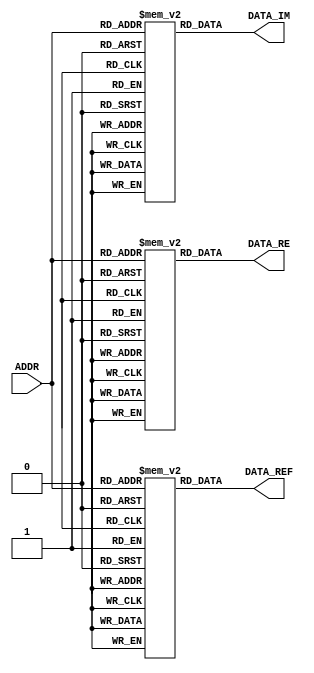
module Wave_ROM128 ( ADDR ,DATA_RE,DATA_IM,DATA_REF ); 
    	output [15:0] DATA_RE,DATA_IM,DATA_REF ;     
    	input [6:0]    ADDR ;     
    	reg [15:0] cosi[0:127];    
    	initial	  begin    
 cosi[0]=16'h7FFF; cosi[1]=16'h7FD7; cosi[2]=16'h7F61; cosi[3]=16'h7E9C; cosi[4]=16'h7D89; cosi[5]=16'h7C29; cosi[6]=16'h7A7C; cosi[7]=16'h7883; cosi[8]=16'h7640; cosi[9]=16'h73B5; cosi[10]=16'h70E1; cosi[11]=16'h6DC9; cosi[12]=16'h6A6C; cosi[13]=16'h66CE; cosi[14]=16'h62F1; cosi[15]=16'h5ED6;
 cosi[16]=16'h5A81; cosi[17]=16'h55F4; cosi[18]=16'h5133; cosi[19]=16'h4C3F; cosi[20]=16'h471C; cosi[21]=16'h41CD; cosi[22]=16'h3C56; cosi[23]=16'h36B9; cosi[24]=16'h30FB; cosi[25]=16'h2B1E; cosi[26]=16'h2527; cosi[27]=16'h1F19; cosi[28]=16'h18F8; cosi[29]=16'h12C7; cosi[30]=16'h0C8B; cosi[31]=16'h0647;
 cosi[32]=16'h0000; cosi[33]=16'hF9B9; cosi[34]=16'hF375; cosi[35]=16'hED39; cosi[36]=16'hE708; cosi[37]=16'hE0E7; cosi[38]=16'hDAD9; cosi[39]=16'hD4E2; cosi[40]=16'hCF05; cosi[41]=16'hC947; cosi[42]=16'hC3AA; cosi[43]=16'hBE33; cosi[44]=16'hB8E4; cosi[45]=16'hB3C1; cosi[46]=16'hAECD; cosi[47]=16'hAA0C;
 cosi[48]=16'hA57F; cosi[49]=16'hA12A; cosi[50]=16'h9D0F; cosi[51]=16'h9932; cosi[52]=16'h9594; cosi[53]=16'h9237; cosi[54]=16'h8F1F; cosi[55]=16'h8C4B; cosi[56]=16'h89C0; cosi[57]=16'h877D; cosi[58]=16'h8584; cosi[59]=16'h83D7; cosi[60]=16'h8277; cosi[61]=16'h8164; cosi[62]=16'h809F; cosi[63]=16'h8029;
 cosi[64]=16'h8001; cosi[65]=16'h8029; cosi[66]=16'h809F; cosi[67]=16'h8164; cosi[68]=16'h8277; cosi[69]=16'h83D7; cosi[70]=16'h8584; cosi[71]=16'h877D; cosi[72]=16'h89C0; cosi[73]=16'h8C4B; cosi[74]=16'h8F1F; cosi[75]=16'h9237; cosi[76]=16'h9594; cosi[77]=16'h9932; cosi[78]=16'h9D0F; cosi[79]=16'hA12A;
 cosi[80]=16'hA57F; cosi[81]=16'hAA0C; cosi[82]=16'hAECD; cosi[83]=16'hB3C1; cosi[84]=16'hB8E4; cosi[85]=16'hBE33; cosi[86]=16'hC3AA; cosi[87]=16'hC947; cosi[88]=16'hCF05; cosi[89]=16'hD4E2; cosi[90]=16'hDAD9; cosi[91]=16'hE0E7; cosi[92]=16'hE708; cosi[93]=16'hED39; cosi[94]=16'hF375; cosi[95]=16'hF9B9;
 cosi[96]=16'h0000; cosi[97]=16'h0647; cosi[98]=16'h0C8B; cosi[99]=16'h12C7; cosi[100]=16'h18F8; cosi[101]=16'h1F19; cosi[102]=16'h2527; cosi[103]=16'h2B1E; cosi[104]=16'h30FB; cosi[105]=16'h36B9; cosi[106]=16'h3C56; cosi[107]=16'h41CD; cosi[108]=16'h471C; cosi[109]=16'h4C3F; cosi[110]=16'h5133; cosi[111]=16'h55F4;
 cosi[112]=16'h5A81; cosi[113]=16'h5ED6; cosi[114]=16'h62F1; cosi[115]=16'h66CE; cosi[116]=16'h6A6C; cosi[117]=16'h6DC9; cosi[118]=16'h70E1; cosi[119]=16'h73B5; cosi[120]=16'h7640; cosi[121]=16'h7883; cosi[122]=16'h7A7C; cosi[123]=16'h7C29; cosi[124]=16'h7D89; cosi[125]=16'h7E9C; cosi[126]=16'h7F61; cosi[127]=16'h7FD7;
     end 

    	reg [15:0] sine[0:127];    
    	initial	  begin    
 sine[0]=16'h0000; sine[1]=16'h0647; sine[2]=16'h0C8B; sine[3]=16'h12C7; sine[4]=16'h18F8; sine[5]=16'h1F19; sine[6]=16'h2527; sine[7]=16'h2B1E; sine[8]=16'h30FB; sine[9]=16'h36B9; sine[10]=16'h3C56; sine[11]=16'h41CD; sine[12]=16'h471C; sine[13]=16'h4C3F; sine[14]=16'h5133; sine[15]=16'h55F4;
 sine[16]=16'h5A81; sine[17]=16'h5ED6; sine[18]=16'h62F1; sine[19]=16'h66CE; sine[20]=16'h6A6C; sine[21]=16'h6DC9; sine[22]=16'h70E1; sine[23]=16'h73B5; sine[24]=16'h7640; sine[25]=16'h7883; sine[26]=16'h7A7C; sine[27]=16'h7C29; sine[28]=16'h7D89; sine[29]=16'h7E9C; sine[30]=16'h7F61; sine[31]=16'h7FD7;
 sine[32]=16'h7FFF; sine[33]=16'h7FD7; sine[34]=16'h7F61; sine[35]=16'h7E9C; sine[36]=16'h7D89; sine[37]=16'h7C29; sine[38]=16'h7A7C; sine[39]=16'h7883; sine[40]=16'h7640; sine[41]=16'h73B5; sine[42]=16'h70E1; sine[43]=16'h6DC9; sine[44]=16'h6A6C; sine[45]=16'h66CE; sine[46]=16'h62F1; sine[47]=16'h5ED6;
 sine[48]=16'h5A81; sine[49]=16'h55F4; sine[50]=16'h5133; sine[51]=16'h4C3F; sine[52]=16'h471C; sine[53]=16'h41CD; sine[54]=16'h3C56; sine[55]=16'h36B9; sine[56]=16'h30FB; sine[57]=16'h2B1E; sine[58]=16'h2527; sine[59]=16'h1F19; sine[60]=16'h18F8; sine[61]=16'h12C7; sine[62]=16'h0C8B; sine[63]=16'h0647;
 sine[64]=16'h0000; sine[65]=16'hF9B9; sine[66]=16'hF375; sine[67]=16'hED39; sine[68]=16'hE708; sine[69]=16'hE0E7; sine[70]=16'hDAD9; sine[71]=16'hD4E2; sine[72]=16'hCF05; sine[73]=16'hC947; sine[74]=16'hC3AA; sine[75]=16'hBE33; sine[76]=16'hB8E4; sine[77]=16'hB3C1; sine[78]=16'hAECD; sine[79]=16'hAA0C;
 sine[80]=16'hA57F; sine[81]=16'hA12A; sine[82]=16'h9D0F; sine[83]=16'h9932; sine[84]=16'h9594; sine[85]=16'h9237; sine[86]=16'h8F1F; sine[87]=16'h8C4B; sine[88]=16'h89C0; sine[89]=16'h877D; sine[90]=16'h8584; sine[91]=16'h83D7; sine[92]=16'h8277; sine[93]=16'h8164; sine[94]=16'h809F; sine[95]=16'h8029;
 sine[96]=16'h8001; sine[97]=16'h8029; sine[98]=16'h809F; sine[99]=16'h8164; sine[100]=16'h8277; sine[101]=16'h83D7; sine[102]=16'h8584; sine[103]=16'h877D; sine[104]=16'h89C0; sine[105]=16'h8C4B; sine[106]=16'h8F1F; sine[107]=16'h9237; sine[108]=16'h9594; sine[109]=16'h9932; sine[110]=16'h9D0F; sine[111]=16'hA12A;
 sine[112]=16'hA57F; sine[113]=16'hAA0C; sine[114]=16'hAECD; sine[115]=16'hB3C1; sine[116]=16'hB8E4; sine[117]=16'hBE33; sine[118]=16'hC3AA; sine[119]=16'hC947; sine[120]=16'hCF05; sine[121]=16'hD4E2; sine[122]=16'hDAD9; sine[123]=16'hE0E7; sine[124]=16'hE708; sine[125]=16'hED39; sine[126]=16'hF375; sine[127]=16'hF9B9;
      end 

    	reg [15:0] deltas[0:127];    
    	initial	  begin    
 deltas[0]=16'h0000; deltas[1]=16'h0000; deltas[2]=16'h0000; deltas[3]=16'h0000;
 deltas[4]=16'h0000; deltas[5]=16'h0000; deltas[6]=16'h0000; deltas[7]=16'h0000;
 deltas[8]=16'h0000; deltas[9]=16'h0000; deltas[10]=16'h0000; deltas[11]=16'h0000;
 deltas[12]=16'h0000; deltas[13]=16'h0000; deltas[14]=16'h0000; deltas[15]=16'h0000;
 deltas[16]=16'h0000; deltas[17]=16'h0000; deltas[18]=16'h0000; deltas[19]=16'h0000;
 deltas[20]=16'h0000; deltas[21]=16'h0000; deltas[22]=16'h0000; deltas[23]=16'h0000;
 deltas[24]=16'h0000; deltas[25]=16'h0000; deltas[26]=16'h0000; deltas[27]=16'h0000;
 deltas[28]=16'h0000; deltas[29]=16'h0000; deltas[30]=16'h0000; deltas[31]=16'h0000;
 deltas[32]=16'h0000; deltas[33]=16'h0000; deltas[34]=16'h0000; deltas[35]=16'h0000;
 deltas[36]=16'h0000; deltas[37]=16'h0000; deltas[38]=16'h0000; deltas[39]=16'h0000;
 deltas[40]=16'h0000; deltas[41]=16'h0000; deltas[42]=16'h0000; deltas[43]=16'h0000;
 deltas[44]=16'h0000; deltas[45]=16'h0000; deltas[46]=16'h0000; deltas[47]=16'h0000;
 deltas[48]=16'h0000; deltas[49]=16'h0000; deltas[50]=16'h0000; deltas[51]=16'h0000;
 deltas[52]=16'h0000; deltas[53]=16'h0000; deltas[54]=16'h0000; deltas[55]=16'h0000;
 deltas[56]=16'h0000; deltas[57]=16'h0000; deltas[58]=16'h0000; deltas[59]=16'h0000;
 deltas[60]=16'h0000; deltas[61]=16'h0000; deltas[62]=16'h0000; deltas[63]=16'h0000;
 deltas[64]=16'h0000; deltas[65]=16'h0000; deltas[66]=16'h0000; deltas[67]=16'h0000;
 deltas[68]=16'h0000; deltas[69]=16'h0000; deltas[70]=16'h0000; deltas[71]=16'h0000;
 deltas[72]=16'h0000; deltas[73]=16'h0000; deltas[74]=16'h0000; deltas[75]=16'h0000;
 deltas[76]=16'h0000; deltas[77]=16'h0000; deltas[78]=16'h0000; deltas[79]=16'h0000;
 deltas[80]=16'h0000; deltas[81]=16'h0000; deltas[82]=16'h0000; deltas[83]=16'h0000;
 deltas[84]=16'h0000; deltas[85]=16'h0000; deltas[86]=16'h0000; deltas[87]=16'h0000;
 deltas[88]=16'h0000; deltas[89]=16'h0000; deltas[90]=16'h0000; deltas[91]=16'h0000;
 deltas[92]=16'h0000; deltas[93]=16'h0000; deltas[94]=16'h0000; deltas[95]=16'h0000;
 deltas[96]=16'h0000; deltas[97]=16'h0000; deltas[98]=16'h0000; deltas[99]=16'h0000;
 deltas[100]=16'h0000; deltas[101]=16'h0000; deltas[102]=16'h0000; deltas[103]=16'h0000;
 deltas[104]=16'h0000; deltas[105]=16'h0000; deltas[106]=16'h0000; deltas[107]=16'h0000;
 deltas[108]=16'h0000; deltas[109]=16'h0000; deltas[110]=16'h0000; deltas[111]=16'h0000;
 deltas[112]=16'h0000; deltas[113]=16'h0000; deltas[114]=16'h0000; deltas[115]=16'h0000;
 deltas[116]=16'h0000; deltas[117]=16'h0000; deltas[118]=16'h0000; deltas[119]=16'h0000;
 deltas[120]=16'h0000; deltas[121]=16'h0000; deltas[122]=16'h0000; deltas[123]=16'h0000;
 deltas[124]=16'h0000; deltas[125]=16'h0000; deltas[126]=16'h0000; deltas[127]=16'h0000;
 deltas[1]=16'h5A7F; deltas[3]=16'h5A7F; deltas[5]=16'h5A7F; deltas[7]=16'h5A7F;
     end 

	assign DATA_RE=cosi[ADDR];	
	assign DATA_IM=sine[ADDR];	
	assign DATA_REF=deltas[ADDR];	
endmodule